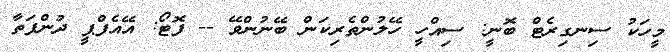
މީހަކު ސިނގިރެޓް ބޮނީ: ސިއްހީ ހޭލުންތެރިކަން ބޭނުންވޭ -- ފޮޓޯ: އޭއެފްޕީ ދުންފަތާ